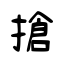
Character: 搶